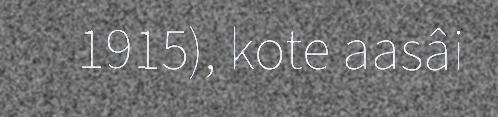
1915), kote aasâi